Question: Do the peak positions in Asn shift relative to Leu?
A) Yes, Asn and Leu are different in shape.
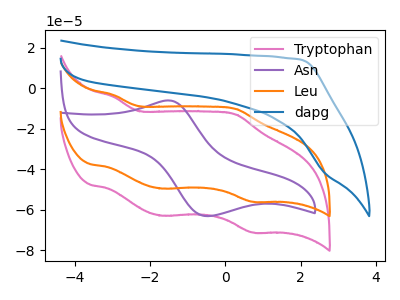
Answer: <think>The pink curve "Tryptophan" has anodic peaks at (-2.95V, -4.15uA) (0.30V, -12.90uA) and cathodic peaks at (-1.70V, -62.90uA) (0.75V, -71.20uA). The purple curve "Asn" has an anodic peak at (-1.50V, -5.95uA) and a cathodic peak at (-0.45V, -63.15uA). The orange curve "Leu" has anodic peaks at (-2.95V, -3.30uA) (0.30V, -10.15uA) and cathodic peaks at (-1.70V, -49.50uA) (0.75V, -56.05uA). The blue curve "dapg" has no peaks.
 "Asn" and "Leu" have a different number of peaks.</think>
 <answer>A) Yes, "Asn" and "Leu" are different in shape.</answer>
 <eval>A</eval>